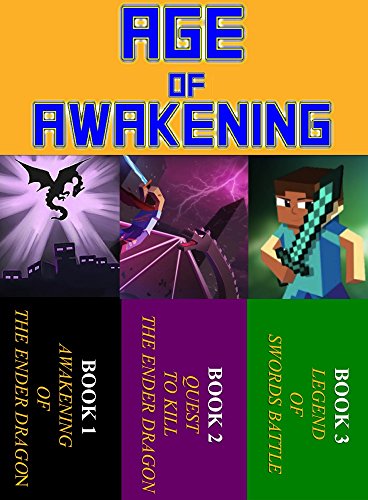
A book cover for Age Of Awakening: Unofficial Minecraft Adventures Series 3 In 1; Ryan Johnson; Children's Books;